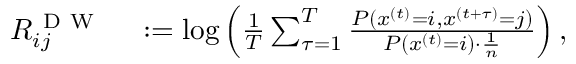
\begin{array} { r l } { R _ { i j } ^ { \mathrm { ~ D ~ W ~ } } } & { { } : = \log \left( \frac { 1 } { T } \sum _ { \tau = 1 } ^ { T } \frac { P ( x ^ { ( t ) } = i , x ^ { ( t + \tau ) } = j ) } { P ( x ^ { ( t ) } = i ) \cdot \frac { 1 } { n } } \right) , } \end{array}